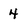
Character: 4